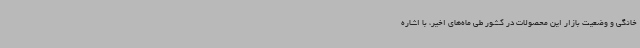
خانگی و وضعیت بازار این محصولات در کشور طی ماه‌های اخیر، با اشاره